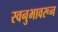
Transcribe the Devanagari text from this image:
स्वनुभावरून